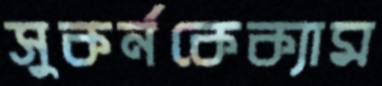
সুকর্নকেক্যাম